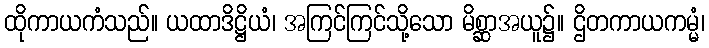
ထိုကာယကံသည်။ ယထာဒိဋ္ဌိယံ၊ အကြင်ကြင်သို့သော မိစ္ဆာအယူ၌။ ဌိတကာယကမ္မံ၊